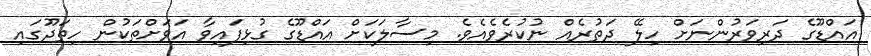
އައްޑޫގެ ދަރިވަރުންނަށް ހިލޭ ދަތުރެއް ނުކުރެވެއެވެ. މިސާލަކަށް އައްޑޫގެ ގުޅިފައިވާ އަވަށްތަކުން ހިތަދޫގައި